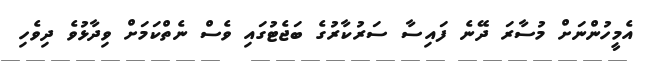
އެމީހުންނަށް މުސާރަ ދޭނެ ފައިސާ ސަރުކާރުގެ ބަޖެޓުގައި ވެސް ނެތްކަމަށް ވިދާޅުވެ ދިވެހި